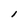
Character: l